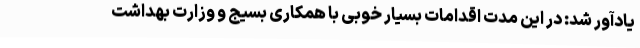
یادآور شد: در این مدت اقدامات بسیار خوبی با همکاری بسیج و وزارت بهداشت